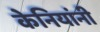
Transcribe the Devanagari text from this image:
केनियांनी